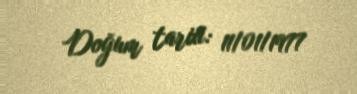
Doğum tarixi: 11/01/1977